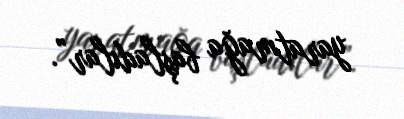
yaratmağa başladılar”.